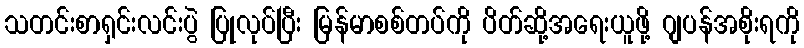
သတင်းစာရှင်းလင်းပွဲ ပြုလုပ်ပြီး မြန်မာစစ်တပ်ကို ပိတ်ဆို့အရေးယူဖို့ ဂျပန်အစိုးရကို